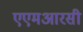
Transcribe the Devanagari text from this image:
एएमआरसी